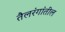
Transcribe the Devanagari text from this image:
तैलरंगांतील